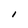
Character: I